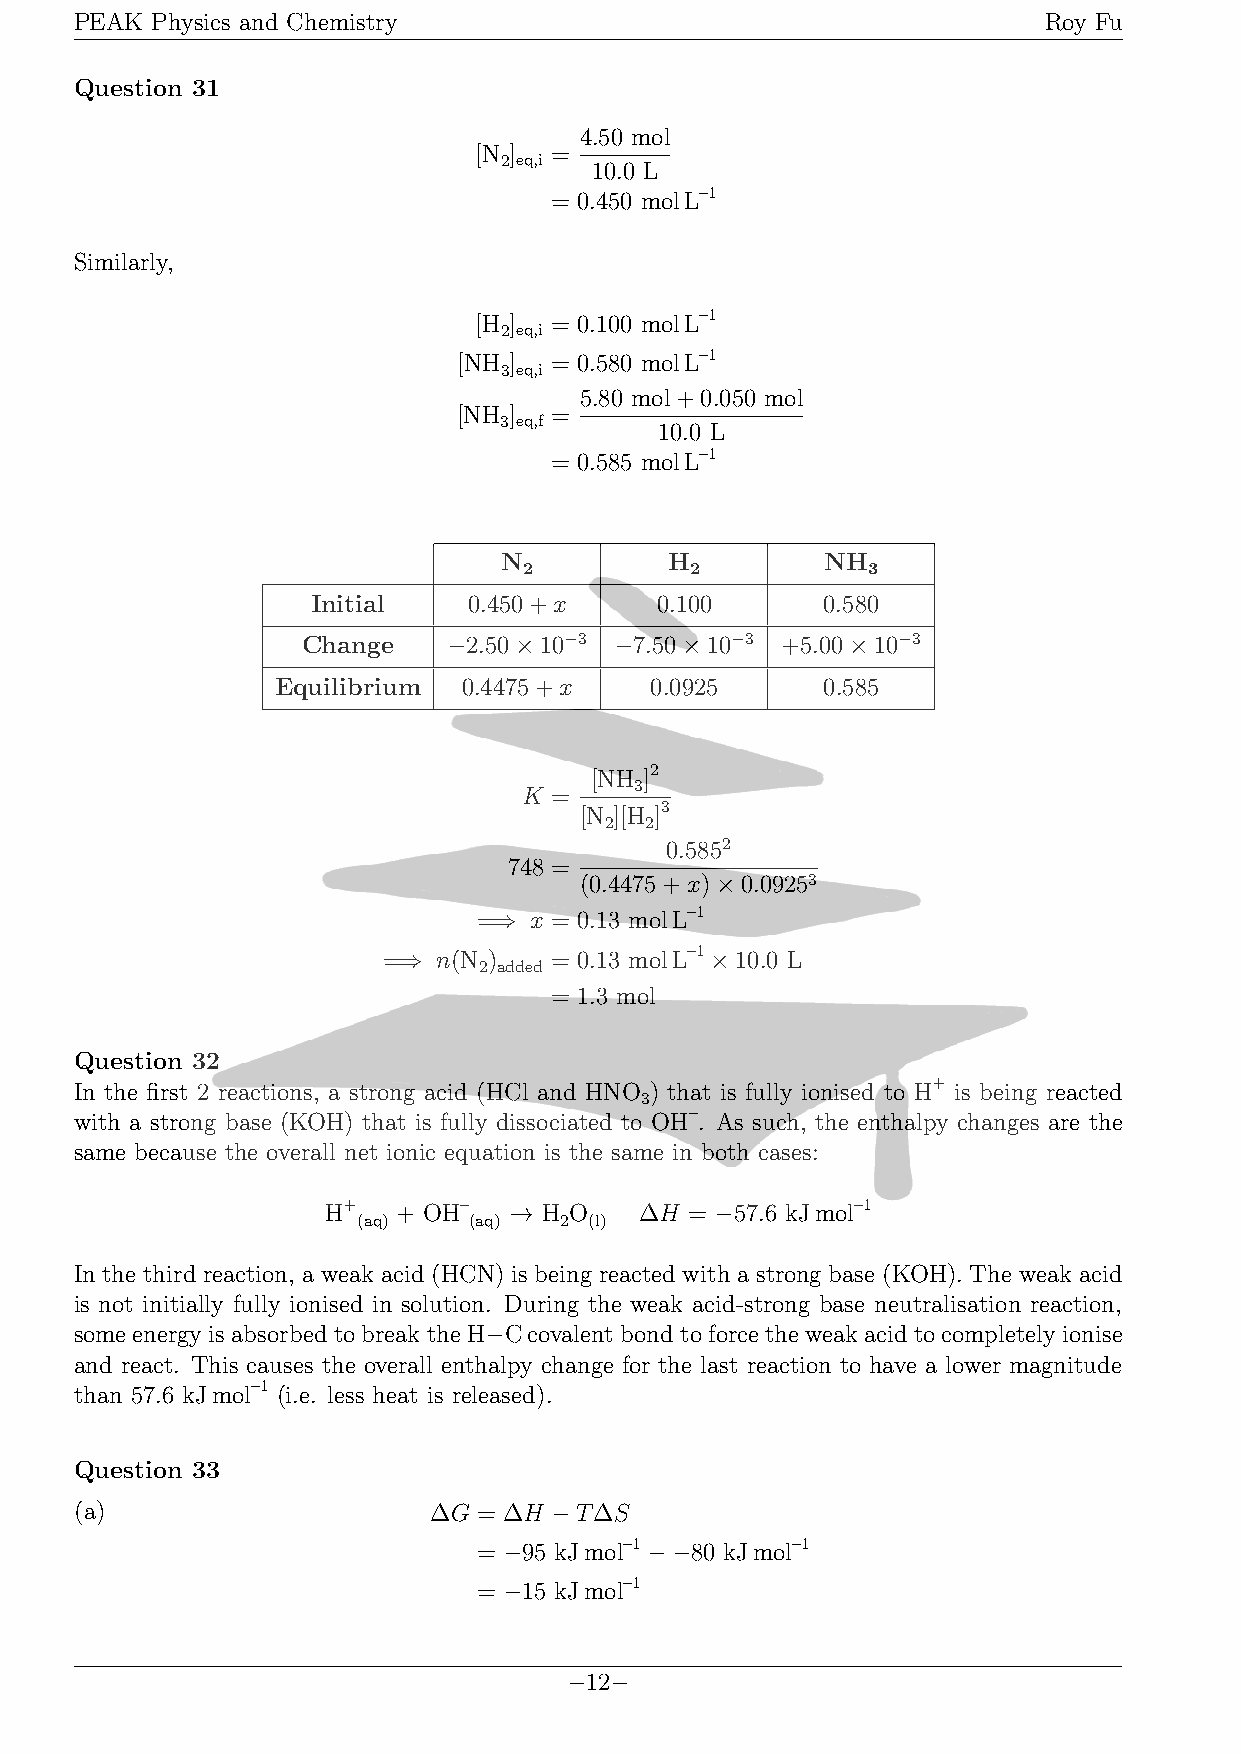
PEAK Physics and Chemistry                                      Roy Fu
 Question 31
 4.50 mol
 [N ] =
 2 eq,i 10.0 L
 = 0.450 molL–1
 Similarly,
 [H ] = 0.100 molL–1
 2 eq,i
 [NH ] = 0.580 molL–1
 3 eq,i
 5.80 mol+0.050 mol
 [NH ] =
 3 eq,f     10.0 L
 = 0.585 molL–1
 N          H          NH
 2          2          3
 Initial   0.450+x     0.100      0.580
 Change    −2.50×10−3 −7.50×10−3 +5.00×10−3
 Equilibrium  0.4475+x    0.0925     0.585
 [NH ]2
 K =    3
 [N ][H ]3
 2  2
 0.5852
 748 =
 (0.4475+x)×0.09253
 =⇒ x = 0.13 molL–1
 =⇒  n(N )  = 0.13 molL–1×10.0 L
 2 added
 = 1.3 mol
 Question 32
 In the first 2 reactions, a strong acid (HCl and HNO ) that is fully ionised to H+ is being reacted
 3
 with a strong base (KOH) that is fully dissociated to OH–. As such, the enthalpy changes are the
 same because the overall net ionic equation is the same in both cases:
 H+  + OH–   → H O   ΔH  = −57.6 kJmol–1
 (aq)   (aq)  2 (l)
 In the third reaction, a weak acid (HCN) is being reacted with a strong base (KOH). The weak acid
 is not initially fully ionised in solution. During the weak acid-strong base neutralisation reaction,
 someenergyisabsorbedtobreaktheH−Ccovalentbondtoforcetheweakacidtocompletelyionise
 and react. This causes the overall enthalpy change for the last reaction to have a lower magnitude
 than 57.6 kJmol–1 (i.e. less heat is released).
 Question 33
 (a) a                  ΔG  = ΔH −TΔS
 = −95 kJmol–1−−80 kJmol–1
 = −15 kJmol–1
 −12−